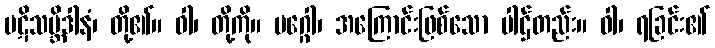
ပဋိသမ္ဘိဒါနံ၊ တို့၏။ ဝါ၊ တို့ကို။ မဂ္ဂေါ၊ အကြောင်းဖြစ်သော ပါဌ်တည်း။ ဝါ၊ ရခြင်း၏